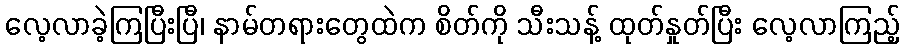
လေ့လာခဲ့ကြပြီးပြီ၊ နာမ်တရားတွေထဲက စိတ်ကို သီးသန့် ထုတ်နှုတ်ပြီး လေ့လာကြည့်